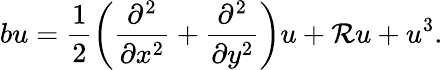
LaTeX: bu=\frac{1}{2}\left(\frac{\partial^{2}}{\partial x^{2}}+\frac{\partial^{2}}{\partial y^{2}}\right)u+\mathcal{R}u+u^{3}.